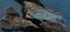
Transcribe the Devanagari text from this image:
सुटोमू